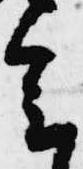
会